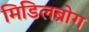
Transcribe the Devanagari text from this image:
मिडिलब्रोग